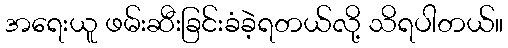
အရေးယူ ဖမ်းဆီးခြင်းခံခဲ့ရတယ်လို့ သိရပါတယ်။